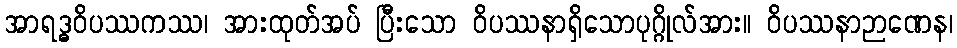
အာရဒ္ဓဝိပဿကဿ၊ အားထုတ်အပ် ပြီးသော ဝိပဿနာရှိသောပုဂ္ဂိုလ်အား။ ဝိပဿနာဉာဏေန၊